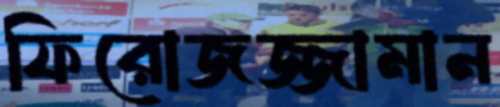
ফিরোজজ্জামান